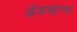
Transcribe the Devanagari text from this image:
अॅडव्हान्स